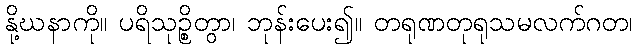
နို့ဃနာကို။ ပရိသုဉ္စိတွာ၊ ဘုန်းပေး၍။ တရုဏတုရုသမလက်ဂတ၊